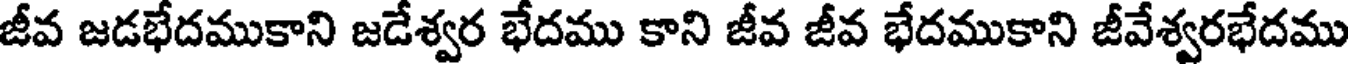
జీవ జడభేదముకాని జడేశ్వర భేదము కాని జీవ జీవ భేదముకాని జీవేశ్వరభేదము